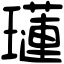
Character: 𤪼